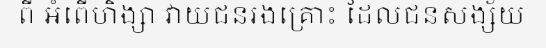
ពី អំពើហិង្សា វាយជនរងគ្រោះ ដែលជនសង្ស័យ